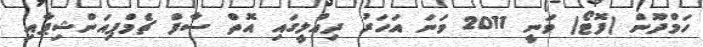
ހަމްދޫން (ފޮޓޯ) ވަނީ 2011 ވަނަ އަހަރު ދިއްލީގައި އޮތް ސާފް ޗެމްޕިއަންޝިޕާއި